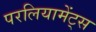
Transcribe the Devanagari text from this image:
परलियामेंट्स